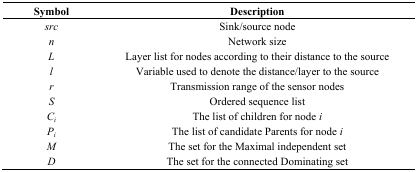
<table><thead><tr><td><b>Symbol</b></td><td><b>Description</b></td></tr></thead><tbody><tr><td><i>src</i></td><td>Sink/source node</td></tr><tr><td><i>n</i></td><td>Network size</td></tr><tr><td><i>L</i></td><td>Layer list for nodes according to their distance to the source</td></tr><tr><td><i>l</i></td><td>Variable used to denote the distance/layer to the source</td></tr><tr><td><i>r</i></td><td>Transmission range of the sensor nodes</td></tr><tr><td><i>S</i></td><td>Ordered sequence list</td></tr><tr><td><i>C<sub>i</sub></i></td><td>The list of children for node <i>i</i></td></tr><tr><td><i>P<sub>i</sub></i></td><td>The list of candidate Parents for node <i>i</i></td></tr><tr><td><i>M</i></td><td>The set for the Maximal independent set</td></tr><tr><td><i>D</i></td><td>The set for the connected Dominating set</td></tr></tbody></table>